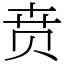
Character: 贲